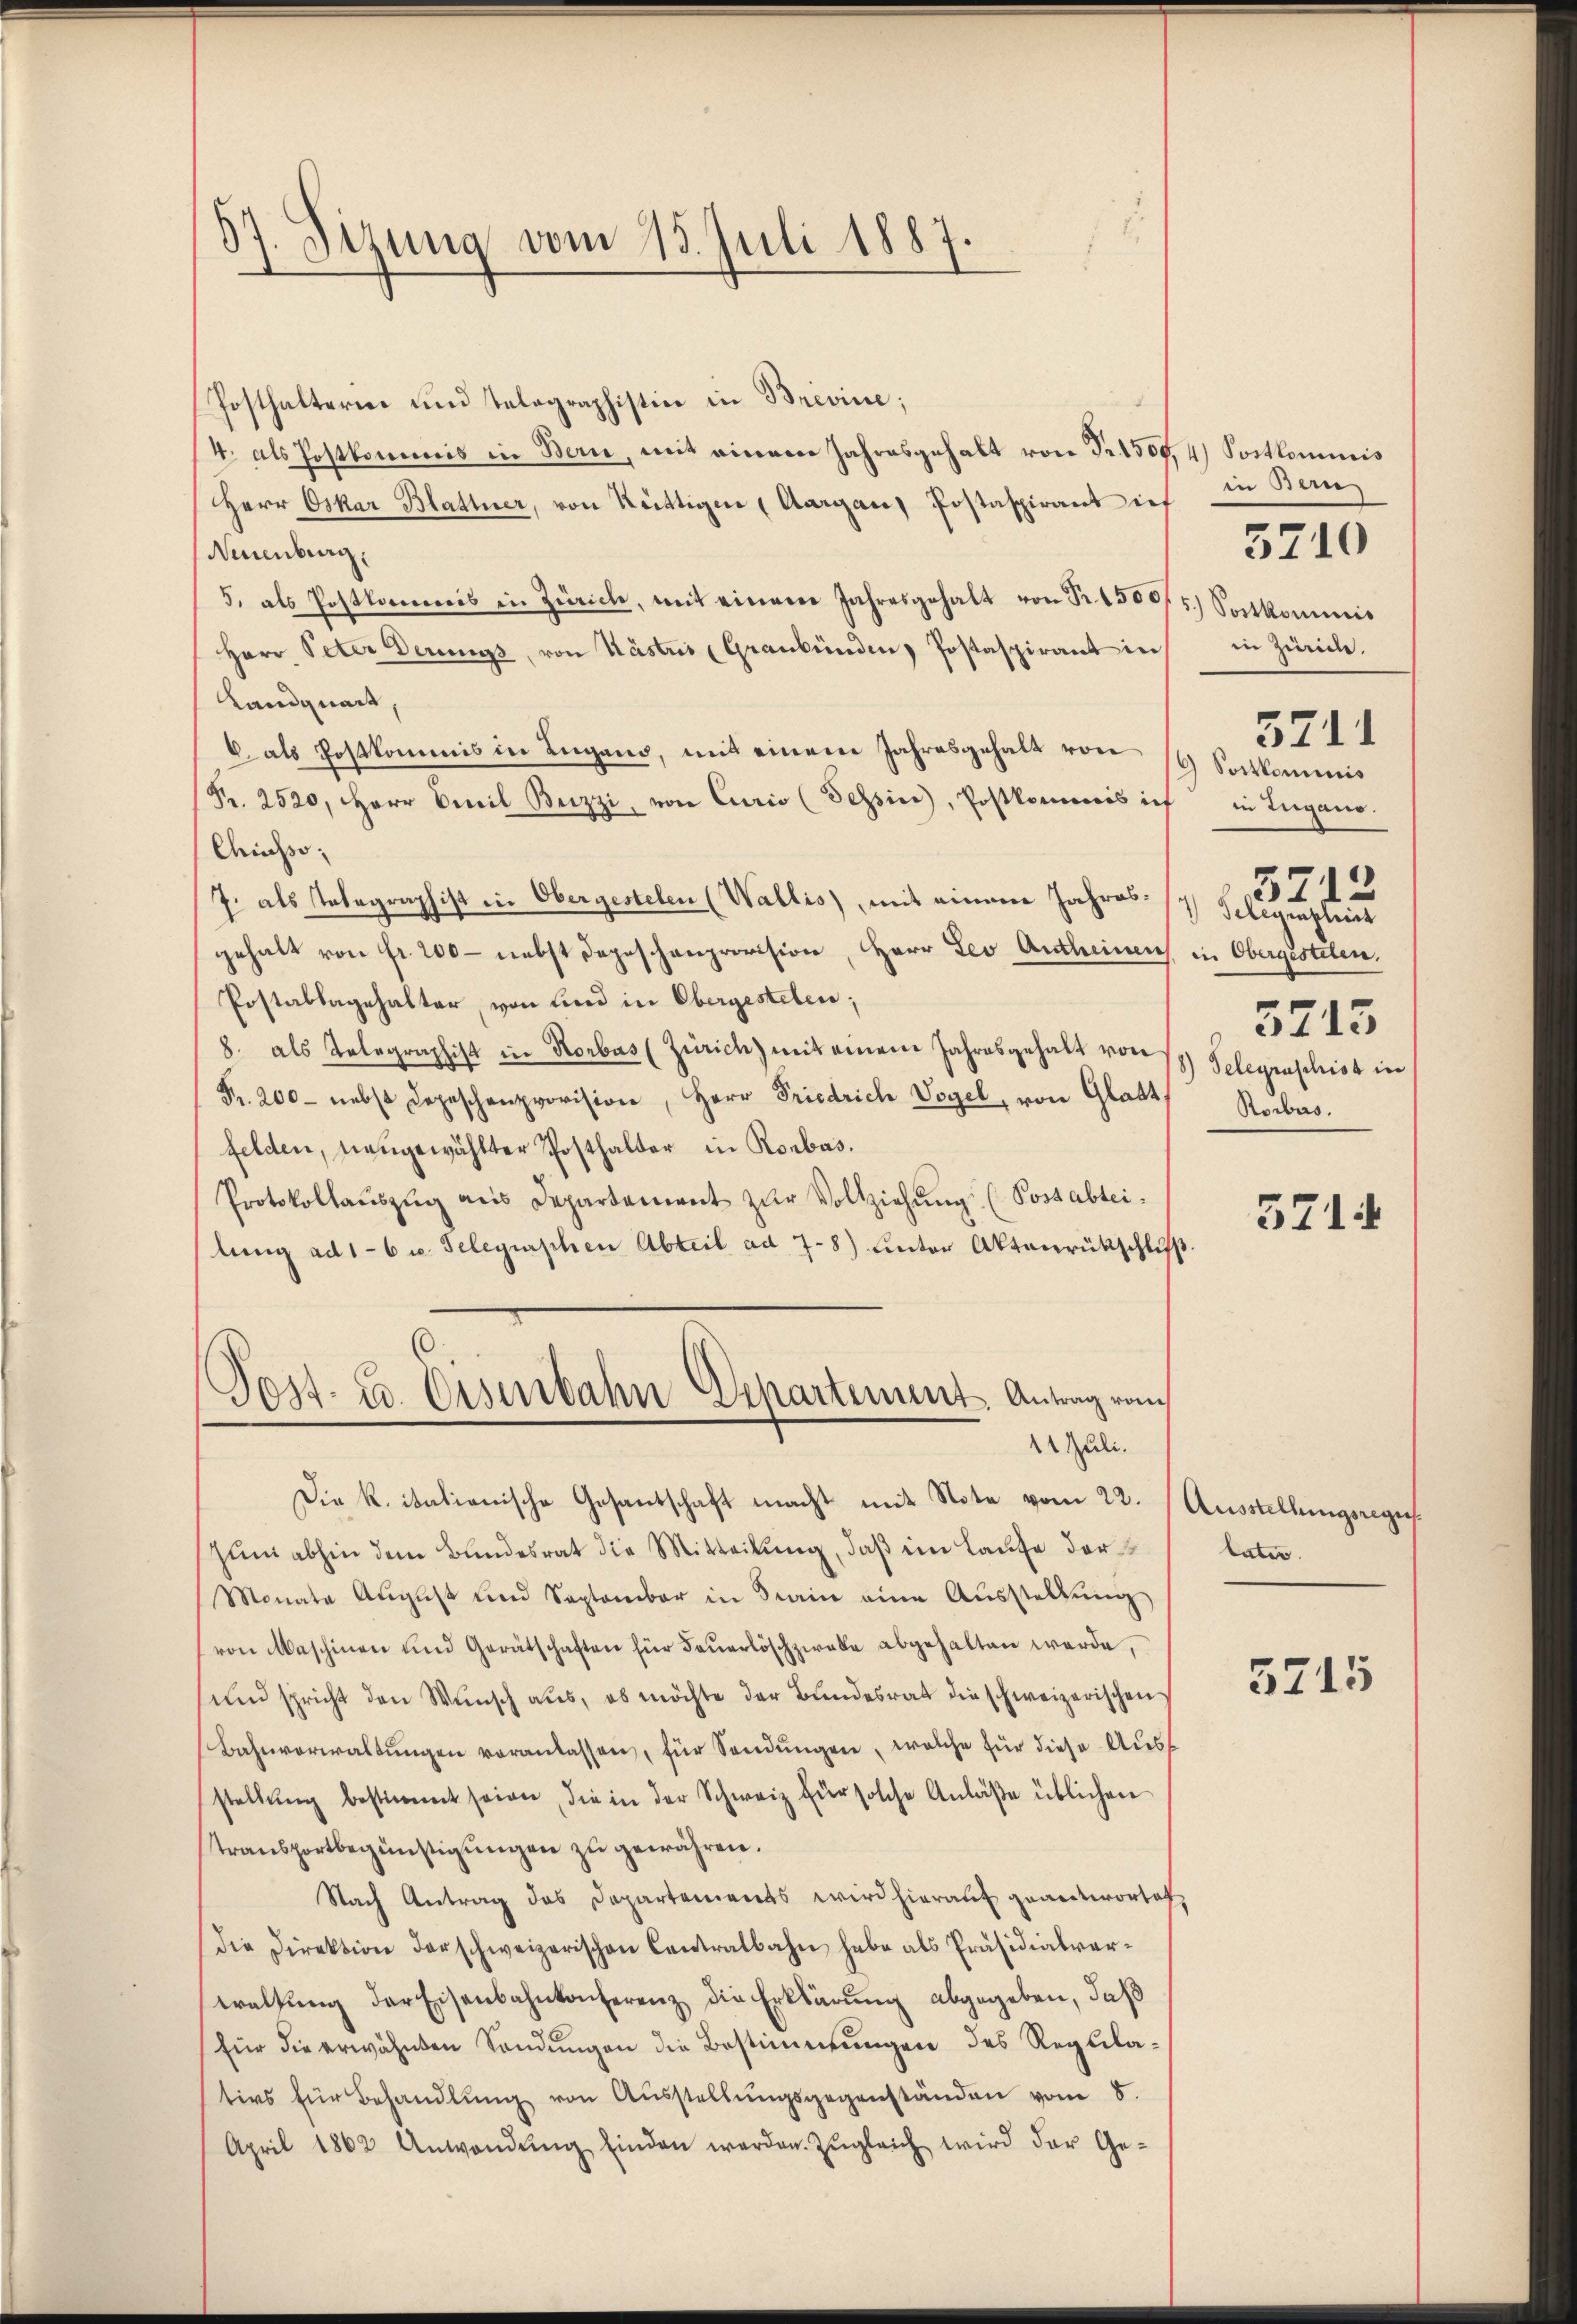
87. Sizung vom 15. Juli 1887.

Posthalterne und Telegraphistice in Brevine;
4. als Postkommis in Bern, mit einem Jahresgehalt von Fr. 1500,4) Sostkommnis
Herr Oskar Blattner, von Rüttigen (Aargau, Postaspirant ief
Neuenburg,
5, als Postkorreis in Zürich, mit einem Jahresgehalt von Fr. 1500fr. Sontkommnis
Herr Peter Derings, von Kästris Graubünden Postaspirant in
Landquart
6 als Postkommis in Lugand, mit einem Jahresgehalt von 16 Saitkommis
Pr. 2520. Herr Omil Beizzi, von Curio (Tessin, Postkommnis ich
Chiasso,
J. als Telegraphist in Obergestelen (Wallis), mit einem Jahresgehalt von Fr. 200 - nebst Depeschenprovision, Herr Leo Antheinen in Obergesteten.
Postablagehalter, von sind in Obergestelen;
8. als Telegraphist in Rorbas (Zürich) mit einem Jahresgehalt von 18 Selegraphist in
Fr. 200 - nebst Depeschenprovision, Herr Friedrich Vogel, von Glatt
felden, neugewählter Posthalter in Rorbas.
Protokollaŭszŭg ans Departement zur Vollziehung (Postabteilung ad 16 u. Teleguischen Abteil ad 7-8) Unter Aktenrütschluß
Post- u. Eisenbahn Echartement Antrag vom
11 Juli.
Die K. itationische Gesantschaft macht mit Note vom 22. Ausstellungsregens
Zum abhin dem Bundesrat die Mitteilung, daß im Laufe der¬
Monate Aŭgŭst und September in Stain eine Aŭsstellŭng
von Maschinen und Gerätschaften für Feuerlöschzwalle abgehalten werde,
und spricht den Wunsch aus, es möchte der Bundesrat die schweizerischen
Bahnverwaltŭngen veranlassen, für Sendŭngen, welche für diese Aŭsf
stellung bestimmt seien, die in der Schweiz für solche Anlaße üblichen
transportbegünstigŭngen zŭ gewähren.
Nach Antrag des Departements wird hierauf geantwortet
Die Direktion derschweizerischen Centralbahn habe als Präsidialverwaltŭng der Eisenbahnkonferenz die Erklärung abgegeben, daß
für die erwähnten Sandŭngen die Bestimmungen des Regulatirs für Behandlŭng von Aŭsstellŭngsgegenständen vom 8.
April 1862 Anwendŭng einden werden. Zŭgleich wird der Ge-

in Bern
in Zürich.
5711
in Zugano.
3712
 Telegenheit
5715
Rorbas.

5710

3714

tater.

5715